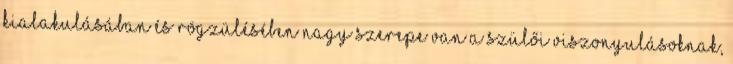
kialakulásában és rögzülésében nagy szerepe van a szülői viszonyulásoknak,